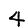
Digit: 4